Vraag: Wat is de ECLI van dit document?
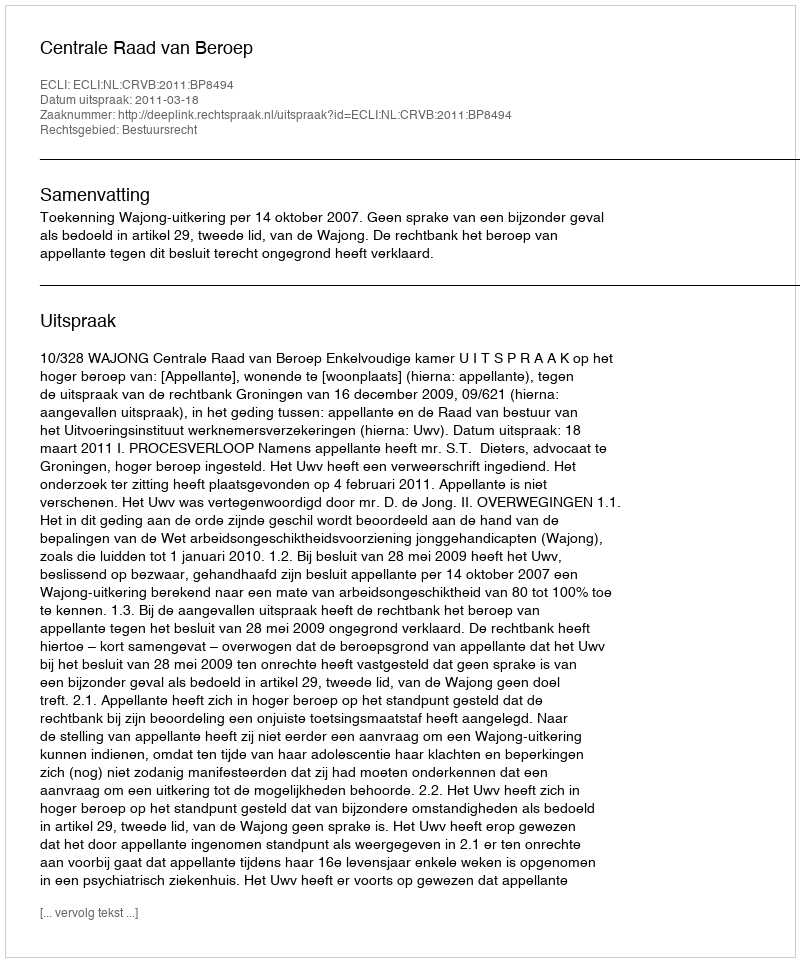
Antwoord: ECLI:NL:CRVB:2011:BP8494